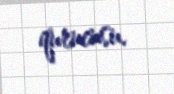
qurucusu.